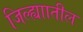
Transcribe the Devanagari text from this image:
जिल्ह्याातील